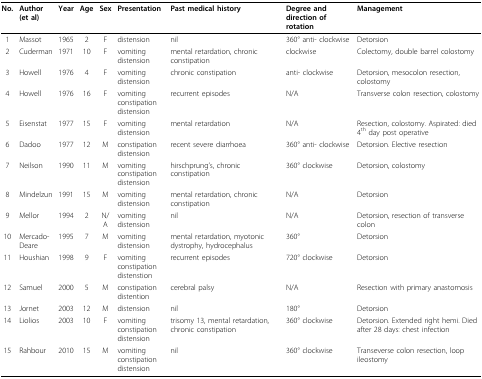
<table><thead><tr><td><b>No.</b></td><td><b>Author (et al)</b></td><td><b>Year</b></td><td><b>Age</b></td><td><b>Sex</b></td><td><b>Presentation</b></td><td><b>Past medical history</b></td><td><b>Degree and direction of rotation</b></td><td><b>Management</b></td></tr></thead><tbody><tr><td>1</td><td>Massot</td><td>1965</td><td>2</td><td>F</td><td>distension</td><td>nil</td><td>360° anti- clockwise</td><td>Detorsion</td></tr><tr><td>2</td><td>Cuderman</td><td>1971</td><td>10</td><td>F</td><td>vomitingdistension</td><td>mental retardation, chronic constipation</td><td>clockwise</td><td>Colectomy, double barrel colostomy</td></tr><tr><td>3</td><td>Howell</td><td>1976</td><td>4</td><td>F</td><td>vomiting distension</td><td>chronic constipation</td><td>anti- clockwise</td><td>Detorsion, mesocolon resection, colostomy</td></tr><tr><td>4</td><td>Howell</td><td>1976</td><td>16</td><td>F</td><td>vomitingconstipationdistension</td><td>recurrent episodes</td><td>N/A</td><td>Transverse colon resection, colostomy</td></tr><tr><td>5</td><td>Eisenstat</td><td>1977</td><td>15</td><td>F</td><td>vomitingdistension</td><td>mental retardation</td><td>N/A</td><td>Resection, colostomy. Aspirated: died 4<sup>th </sup>day post operative</td></tr><tr><td>6</td><td>Dadoo</td><td>1977</td><td>12</td><td>M</td><td>constipationdistension</td><td>recent severe diarrhoea</td><td>360° anti- clockwise</td><td>Detorsion. Elective resection</td></tr><tr><td>7</td><td>Neilson</td><td>1990</td><td>11</td><td>M</td><td>vomitingconstipationdistension</td><td>hirschprung&#x27;s, chronic constipation</td><td>360° clockwise</td><td>Detorsion, colostomy</td></tr><tr><td>8</td><td>Mindelzun</td><td>1991</td><td>15</td><td>M</td><td>vomiting distension</td><td>mental retardation, chronic constipation</td><td>N/A</td><td>Detorsion</td></tr><tr><td>9</td><td>Mellor</td><td>1994</td><td>2</td><td>N/A</td><td>vomitingdistension</td><td>nil</td><td>N/A</td><td>Detorsion, resection of transverse colon</td></tr><tr><td>10</td><td>Mercado-Deare</td><td>1995</td><td>7</td><td>M</td><td>vomitingdistension</td><td>mental retardation, myotonic dystrophy, hydrocephalus</td><td>360°</td><td>Detorsion</td></tr><tr><td>11</td><td>Houshian</td><td>1998</td><td>9</td><td>F</td><td>vomitingconstipation distenstion</td><td>recurrent episodes</td><td>720° clockwise</td><td>Detorsion</td></tr><tr><td>12</td><td>Samuel</td><td>2000</td><td>5</td><td>M</td><td>constipationdistention</td><td>cerebral palsy</td><td>N/A</td><td>Resection with primary anastomosis</td></tr><tr><td>13</td><td>Jornet</td><td>2003</td><td>12</td><td>M</td><td>distension</td><td>nil</td><td>180°</td><td>Detorsion</td></tr><tr><td>14</td><td>Liolios</td><td>2003</td><td>10</td><td>F</td><td>vomitingconstipationdistension</td><td>trisomy 13, mental retardation, chronic constipation</td><td>360° clockwise</td><td>Detorsion. Extended right hemi. Died after 28 days: chest infection</td></tr><tr><td>15</td><td>Rahbour</td><td>2010</td><td>15</td><td>M</td><td>vomitingconstipationdistension</td><td>nil</td><td>360° clockwise</td><td>Transeverse colon resection, loop ileostomy</td></tr></tbody></table>